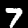
Digit: 7